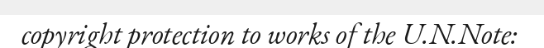
copyright protection to works of the U.N.Note: